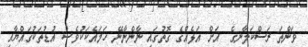
ވަންތަ ރަސްކަލާނގެ  އަށް އަޅެއްގެ ގޮތުގައި ނާންނާނޭ ހަމައެކަކުވެސް އުޑުތަކުގައްޔާއި